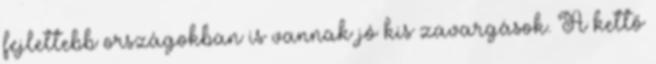
fejlettebb országokban is vannak jó kis zavargások. A kettő